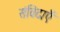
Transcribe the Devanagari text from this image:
संविदाएँ